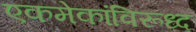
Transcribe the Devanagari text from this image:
एकमेकांविरूध्द